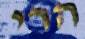
הרי